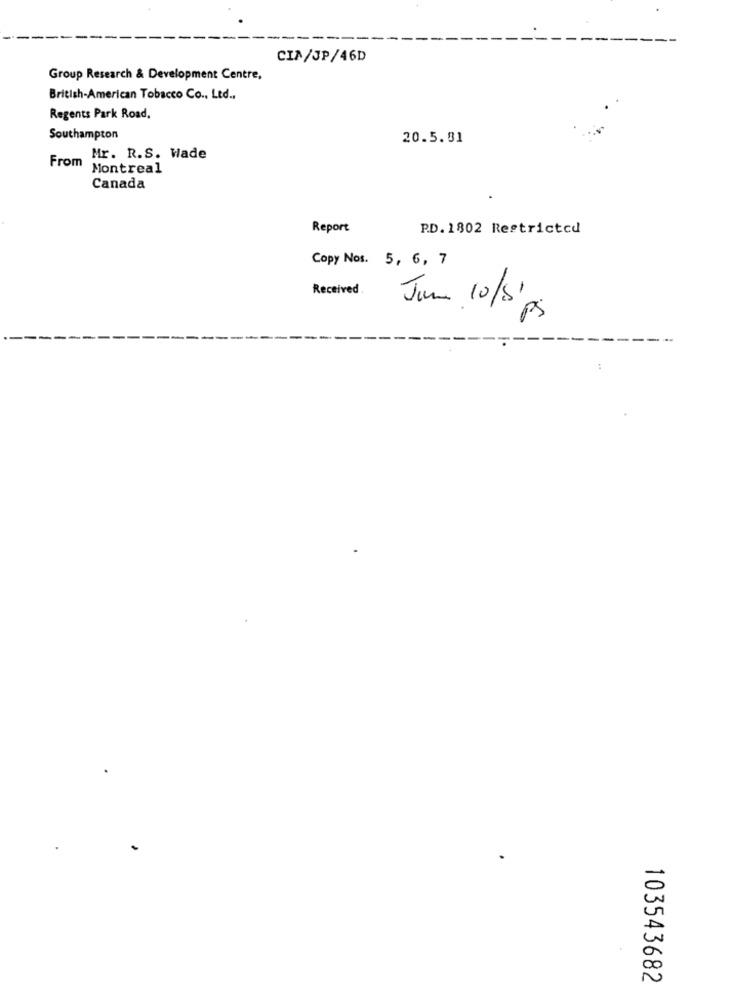
CIA/JP/46D
Group Research & Development Centre,
British-American Tobacco Co ., Ltd .,
Regents Park Road,
Southampton
20.5.81
Mr. R.S. Wade
From
Montreal
Canada
Report
P.D. 1802 Restricted
Copy Nos. 5, 6, 7
Received.
Jun 10/8'
Ps
-
2
103543682